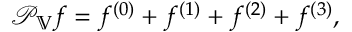
\mathcal { P } _ { \mathbb { V } } f = f ^ { ( 0 ) } + f ^ { ( 1 ) } + f ^ { ( 2 ) } + f ^ { ( 3 ) } ,